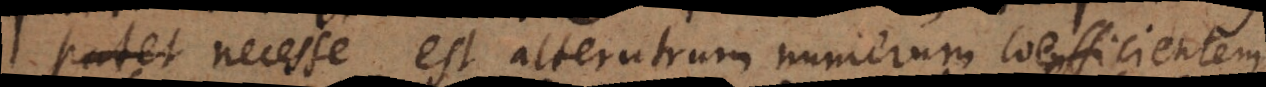
necesse est alterutrum numerum coefficientem